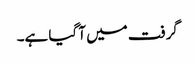
گرفت میں آ گیا ہے۔